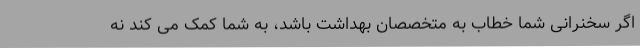
اگر سخنرانی شما خطاب به متخصصان بهداشت باشد، به شما کمک می کند نه